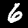
Label: 6